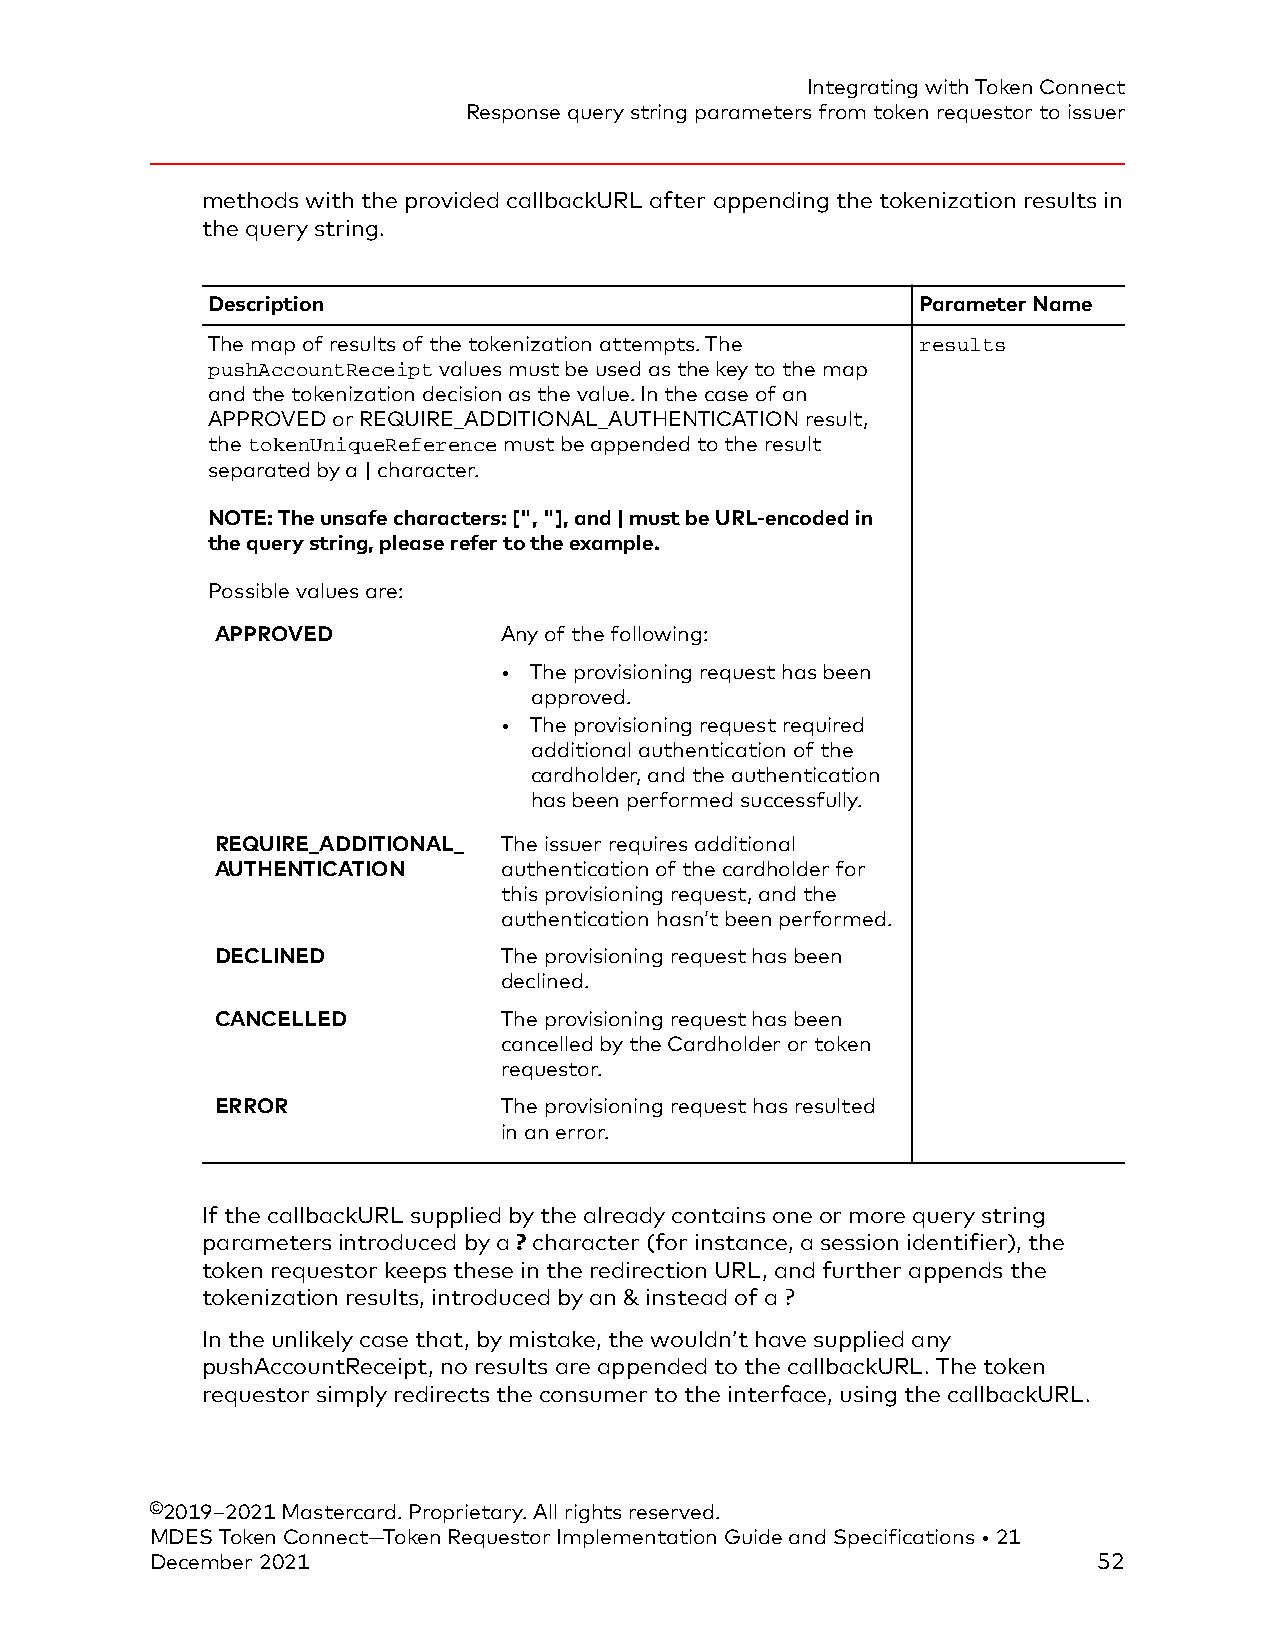
Integrating with Token Connect
 Response query string parameters from token requestor to issuer
 methods with the provided callbackURL after appending the tokenization results in
 the query string.
 Description                                    Parameter Name
 The map of results of the tokenization attempts. The results
 pushAccountReceipt values must be used as the key to the map
 and the tokenization decision as the value. In the case of an
 APPROVED or REQUIRE_ADDITIONAL_AUTHENTICATION result,
 the tokenUniqueReference must be appended to the result
 separated by a | character.
 NOTE: The unsafe characters: [", "], and | must be URL-encoded in
 the query string, please refer to the example.
 Possible values are:
 APPROVED           Any of the following:
 • The provisioning request has been
 approved.
 • The provisioning request required
 additional authentication of the
 cardholder, and the authentication
 has been performed successfully.
 REQUIRE_ADDITIONAL_ The issuer requires additional
 AUTHENTICATION     authentication of the cardholder for
 this provisioning request, and the
 authentication hasn’t been performed.
 DECLINED           The provisioning request has been
 declined.
 CANCELLED          The provisioning request has been
 cancelled by the Cardholder or token
 requestor.
 ERROR              The provisioning request has resulted
 in an error.
 If the callbackURL supplied by the already contains one or more query string
 parameters introduced by a ? character (for instance, a session identifier), the
 token requestor keeps these in the redirection URL, and further appends the
 tokenization results, introduced by an & instead of a ?
 In the unlikely case that, by mistake, the wouldn’t have supplied any
 pushAccountReceipt, no results are appended to the callbackURL. The token
 requestor simply redirects the consumer to the interface, using the callbackURL.
 ©2019–2021 Mastercard. Proprietary. All rights reserved.
 MDES Token Connect—Token Requestor Implementation Guide and Specifications • 21
 December 2021                                                  52